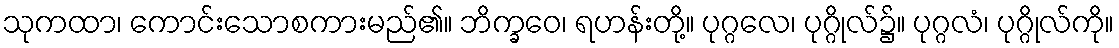
သုကထာ၊ ကောင်းသောစကားမည်၏။ ဘိက္ခဝေ၊ ရဟန်းတို့။ ပုဂ္ဂလေ၊ ပုဂ္ဂိုလ်၌။ ပုဂ္ဂလံ၊ ပုဂ္ဂိုလ်ကို။